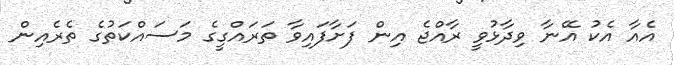
އެއާ އެކު އޭނާ ވިދާޅުވީ ރާއްޖެ އިން ފަށާފައިވާ ތަރައްގީގެ މަސައްކަތުގެ ތެރެއިން